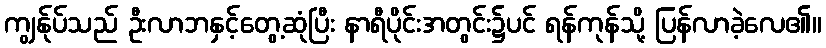
ကျွန်ုပ်သည် ဦးလာဘနှင့်တွေ့ဆုံပြီး နာရီပိုင်းအတွင်း၌ပင် ရန်ကုန်သို့ ပြန်လာခဲ့လေ၏။